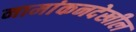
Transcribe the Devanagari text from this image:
नामांकनदेखील